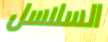
السلاسل